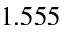
1 . 5 5 5